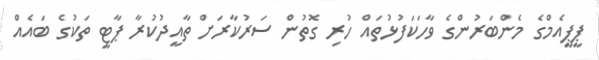
ޕީޕީއެމްގެ މެންބަރުންގެ ވާހަކަފުޅުތައް ހުރި ގޮތުން ސަރުކާރަށް ތާއީދުކުރާ ޕާޓީ ތަކުގެ ބައެއް